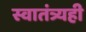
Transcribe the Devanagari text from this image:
स्वातंत्र्यही